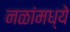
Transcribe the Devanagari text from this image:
नळांमध्ये